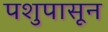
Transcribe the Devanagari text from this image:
पशुपासून